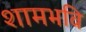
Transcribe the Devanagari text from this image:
शामभवि